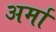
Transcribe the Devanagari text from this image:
अर्मा